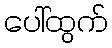
ပေါ်ထွက်